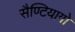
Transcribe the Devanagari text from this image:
सैण्टियागो